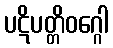
ပဋိပတ္တိဝဂ္ဂေါ